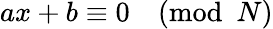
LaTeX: ax+b\equiv 0{\pmod{N}}